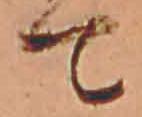
て